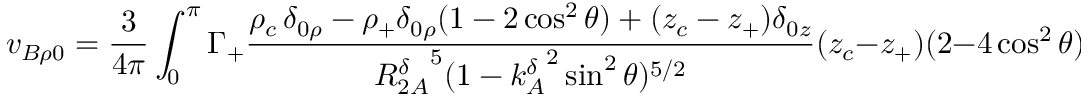
v _ { B \rho 0 } = \frac { 3 } { 4 \pi } \int _ { 0 } ^ { \pi } \Gamma _ { + } \frac { \rho _ { c } \, \delta _ { 0 \rho } - \rho _ { + } \delta _ { 0 \rho } ( 1 - 2 \cos ^ { 2 } \theta ) + ( z _ { c } - z _ { + } ) \delta _ { 0 z } } { { R _ { 2 A } ^ { \delta } } ^ { 5 } ( 1 - { k _ { A } ^ { \delta } } ^ { 2 } \sin ^ { 2 } \theta ) ^ { 5 / 2 } } ( z _ { c } - z _ { + } ) ( 2 - 4 \cos ^ { 2 } \theta ) \, d \theta